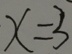
x = 3